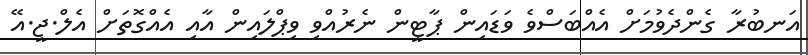
އަނބުރާ ގެންދެވުމަށް އެއްބަސްވެ ވަޑައިން ޕާޓީން ނެރުއްވި ވިޕްލައިން އާއި އެއްގޮތަށް އެލް.ޖީ.އޭ